Dysentery in Hazaribagh Central Jail - Number 52
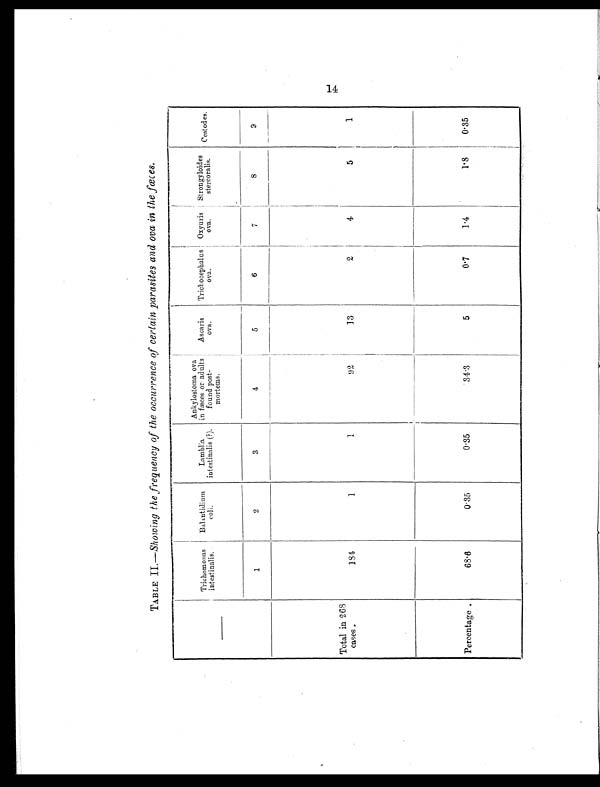
TABLE II.— Showing the frequency of the occurrence of certain parasites and ova in the fæces.
— Trichomonas
intestinalis.
Balantidium
coli.
Lamblia
intestinalis (?).
Ankylostoma ova
in fæces or adults
found post-
mortems.
Ascaris
ova.
Trichocephalus
ova.
Oxyuris
ova.
Strongyloides
stercoralis.
Cestodes.
1
2
3
4
5
6
7
8
9
Total in 268
cases .
184
1
1
92
13
2
4
5
1
Percentage .
68.6
0.35
0.35
34.3
5
0.7
1.4
1. 8
0.35